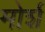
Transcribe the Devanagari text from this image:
मोर्श